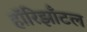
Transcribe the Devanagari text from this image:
हॉरिझाँटल